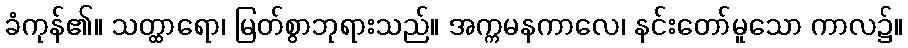
ခံကုန်၏။ သတ္ထာရော၊ မြတ်စွာဘုရားသည်။ အက္ကမနကာလေ၊ နင်းတော်မူသော ကာလ၌။